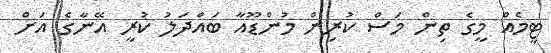
ޓީމެއް މީގެ ތިން މަސް ކުރިން މުންޑޫއާ ބައްދަލު ކުރީ އޭނާގެ އަށް